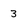
Character: 3